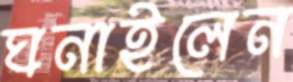
ঘনাইলেন